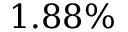
1 . 8 8 \%